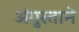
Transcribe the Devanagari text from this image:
अंगुस्ताने